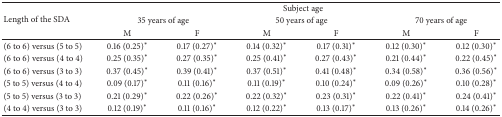
<table><thead><tr><td rowspan="3"><b>Length of the SDA</b></td><td colspan="6"><b>Subject age</b></td></tr><tr><td colspan="2"><b>35 years of age</b></td><td colspan="2"><b>50 years of age</b></td><td colspan="2"><b>70 years of age</b></td></tr><tr><td><b>M</b></td><td><b>F</b></td><td><b>M</b></td><td><b>F</b></td><td><b>M</b></td><td><b>F</b></td></tr></thead><tbody><tr><td>(6 to 6) versus (5 to 5)</td><td>0.16 (0.25)<sup><i>∗</i></sup></td><td>0.17 (0.27)<sup><i>∗</i></sup></td><td>0.14 (0.32)<sup><i>∗</i></sup></td><td>0.17 (0.31)<sup><i>∗</i></sup></td><td>0.12 (0.30)<sup><i>∗</i></sup></td><td>0.12 (0.30)<sup><i>∗</i></sup></td></tr><tr><td>(6 to 6) versus (4 to 4)</td><td>0.25 (0.35)<sup><i>∗</i></sup></td><td>0.27 (0.35)<sup><i>∗</i></sup></td><td>0.25 (0.41)<sup><i>∗</i></sup></td><td>0.27 (0.43)<sup><i>∗</i></sup></td><td>0.21 (0.44)<sup><i>∗</i></sup></td><td>0.22 (0.45)<sup><i>∗</i></sup></td></tr><tr><td>(6 to 6) versus (3 to 3)</td><td>0.37 (0.45)<sup><i>∗</i></sup></td><td>0.39 (0.41)<sup><i>∗</i></sup></td><td>0.37 (0.51)<sup><i>∗</i></sup></td><td>0.41 (0.48)<sup><i>∗</i></sup></td><td>0.34 (0.58)<sup><i>∗</i></sup></td><td>0.36 (0.56)<sup><i>∗</i></sup></td></tr><tr><td>(5 to 5) versus (4 to 4)</td><td>0.09 (0.17)<sup><i>∗</i></sup></td><td>0.11 (0.16)<sup><i>∗</i></sup></td><td>0.11 (0.19)<sup><i>∗</i></sup></td><td>0.10 (0.24)<sup><i>∗</i></sup></td><td>0.09 (0.26)<sup><i>∗</i></sup></td><td>0.10 (0.28)<sup><i>∗</i></sup></td></tr><tr><td>(5 to 5) versus (3 to 3)</td><td>0.21 (0.29)<sup><i>∗</i></sup></td><td>0.22 (0.26)<sup><i>∗</i></sup></td><td>0.22 (0.32)<sup><i>∗</i></sup></td><td>0.23 (0.31)<sup><i>∗</i></sup></td><td>0.22 (0.41)<sup><i>∗</i></sup></td><td>0.24 (0.41)<sup><i>∗</i></sup></td></tr><tr><td>(4 to 4) versus (3 to 3)</td><td>0.12 (0.19)<sup><i>∗</i></sup></td><td>0.11 (0.16)<sup><i>∗</i></sup></td><td>0.12 (0.22)<sup><i>∗</i></sup></td><td>0.13 (0.17)<sup><i>∗</i></sup></td><td>0.13 (0.26)<sup><i>∗</i></sup></td><td>0.14 (0.26)<sup><i>∗</i></sup></td></tr></tbody></table>